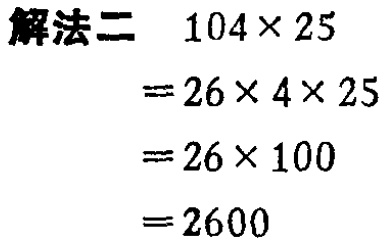
```
解法二 \(104\times 25\)
\(=26\times 4\times 25\)
\(=26\times 100\)
\(=2600\)
```